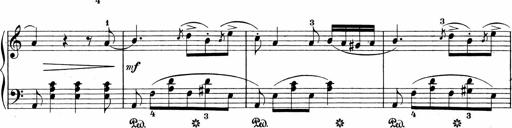
Title: 3 Sonatinas
Composer: Carl Reinecke